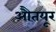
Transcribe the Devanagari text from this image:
औतयूर